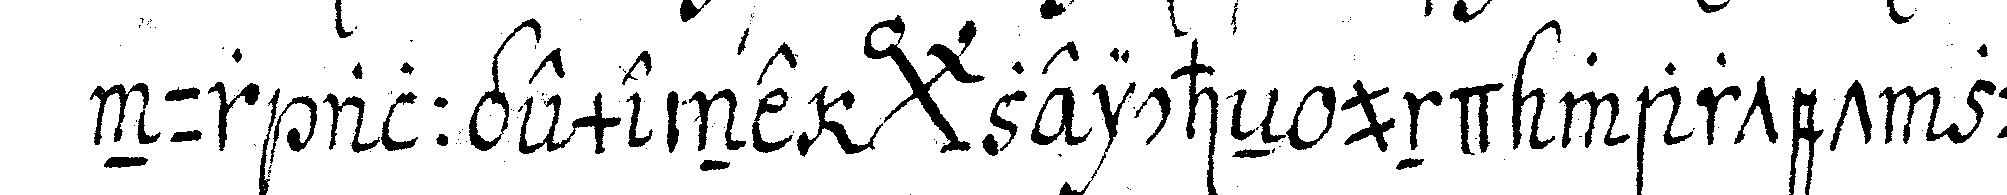
nur allgemeine *bigx* zeicheN und wartet zu